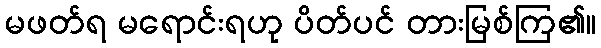
မဖတ်ရ မရောင်းရဟု ပိတ်ပင် တားမြစ်ကြ၏။